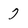
Character: 7